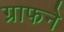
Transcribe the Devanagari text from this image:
ग्राफने